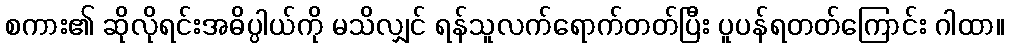
စကား၏ ဆိုလိုရင်းအဓိပ္ပါယ်ကို မသိလျှင် ရန်သူလက်ရောက်တတ်ပြီး ပူပန်ရတတ်ကြောင်း ဂါထာ။